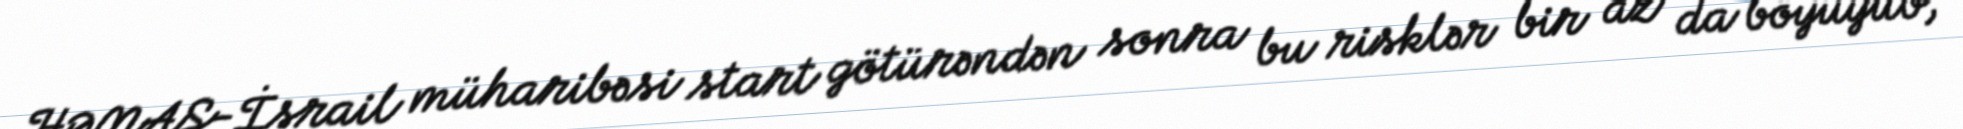
HƏMAS-İsrail müharibəsi start götürəndən sonra bu risklər bir az da böyüyüb,